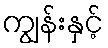
ကျွန်းနှင့်